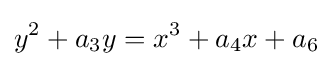
y^{2}+a_{3}y=x^{3}+a_{4}x+a_{6}